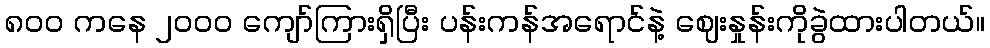
၈၀၀ ကနေ ၂၀၀၀ ကျော်ကြားရှိပြီး ပန်းကန်အရောင်နဲ့ ဈေးနှုန်းကိုခွဲထားပါတယ်။